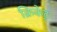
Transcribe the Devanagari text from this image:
क्रिकेट्